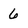
Character: 6